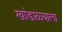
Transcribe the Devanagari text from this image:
खांडाळ्याला